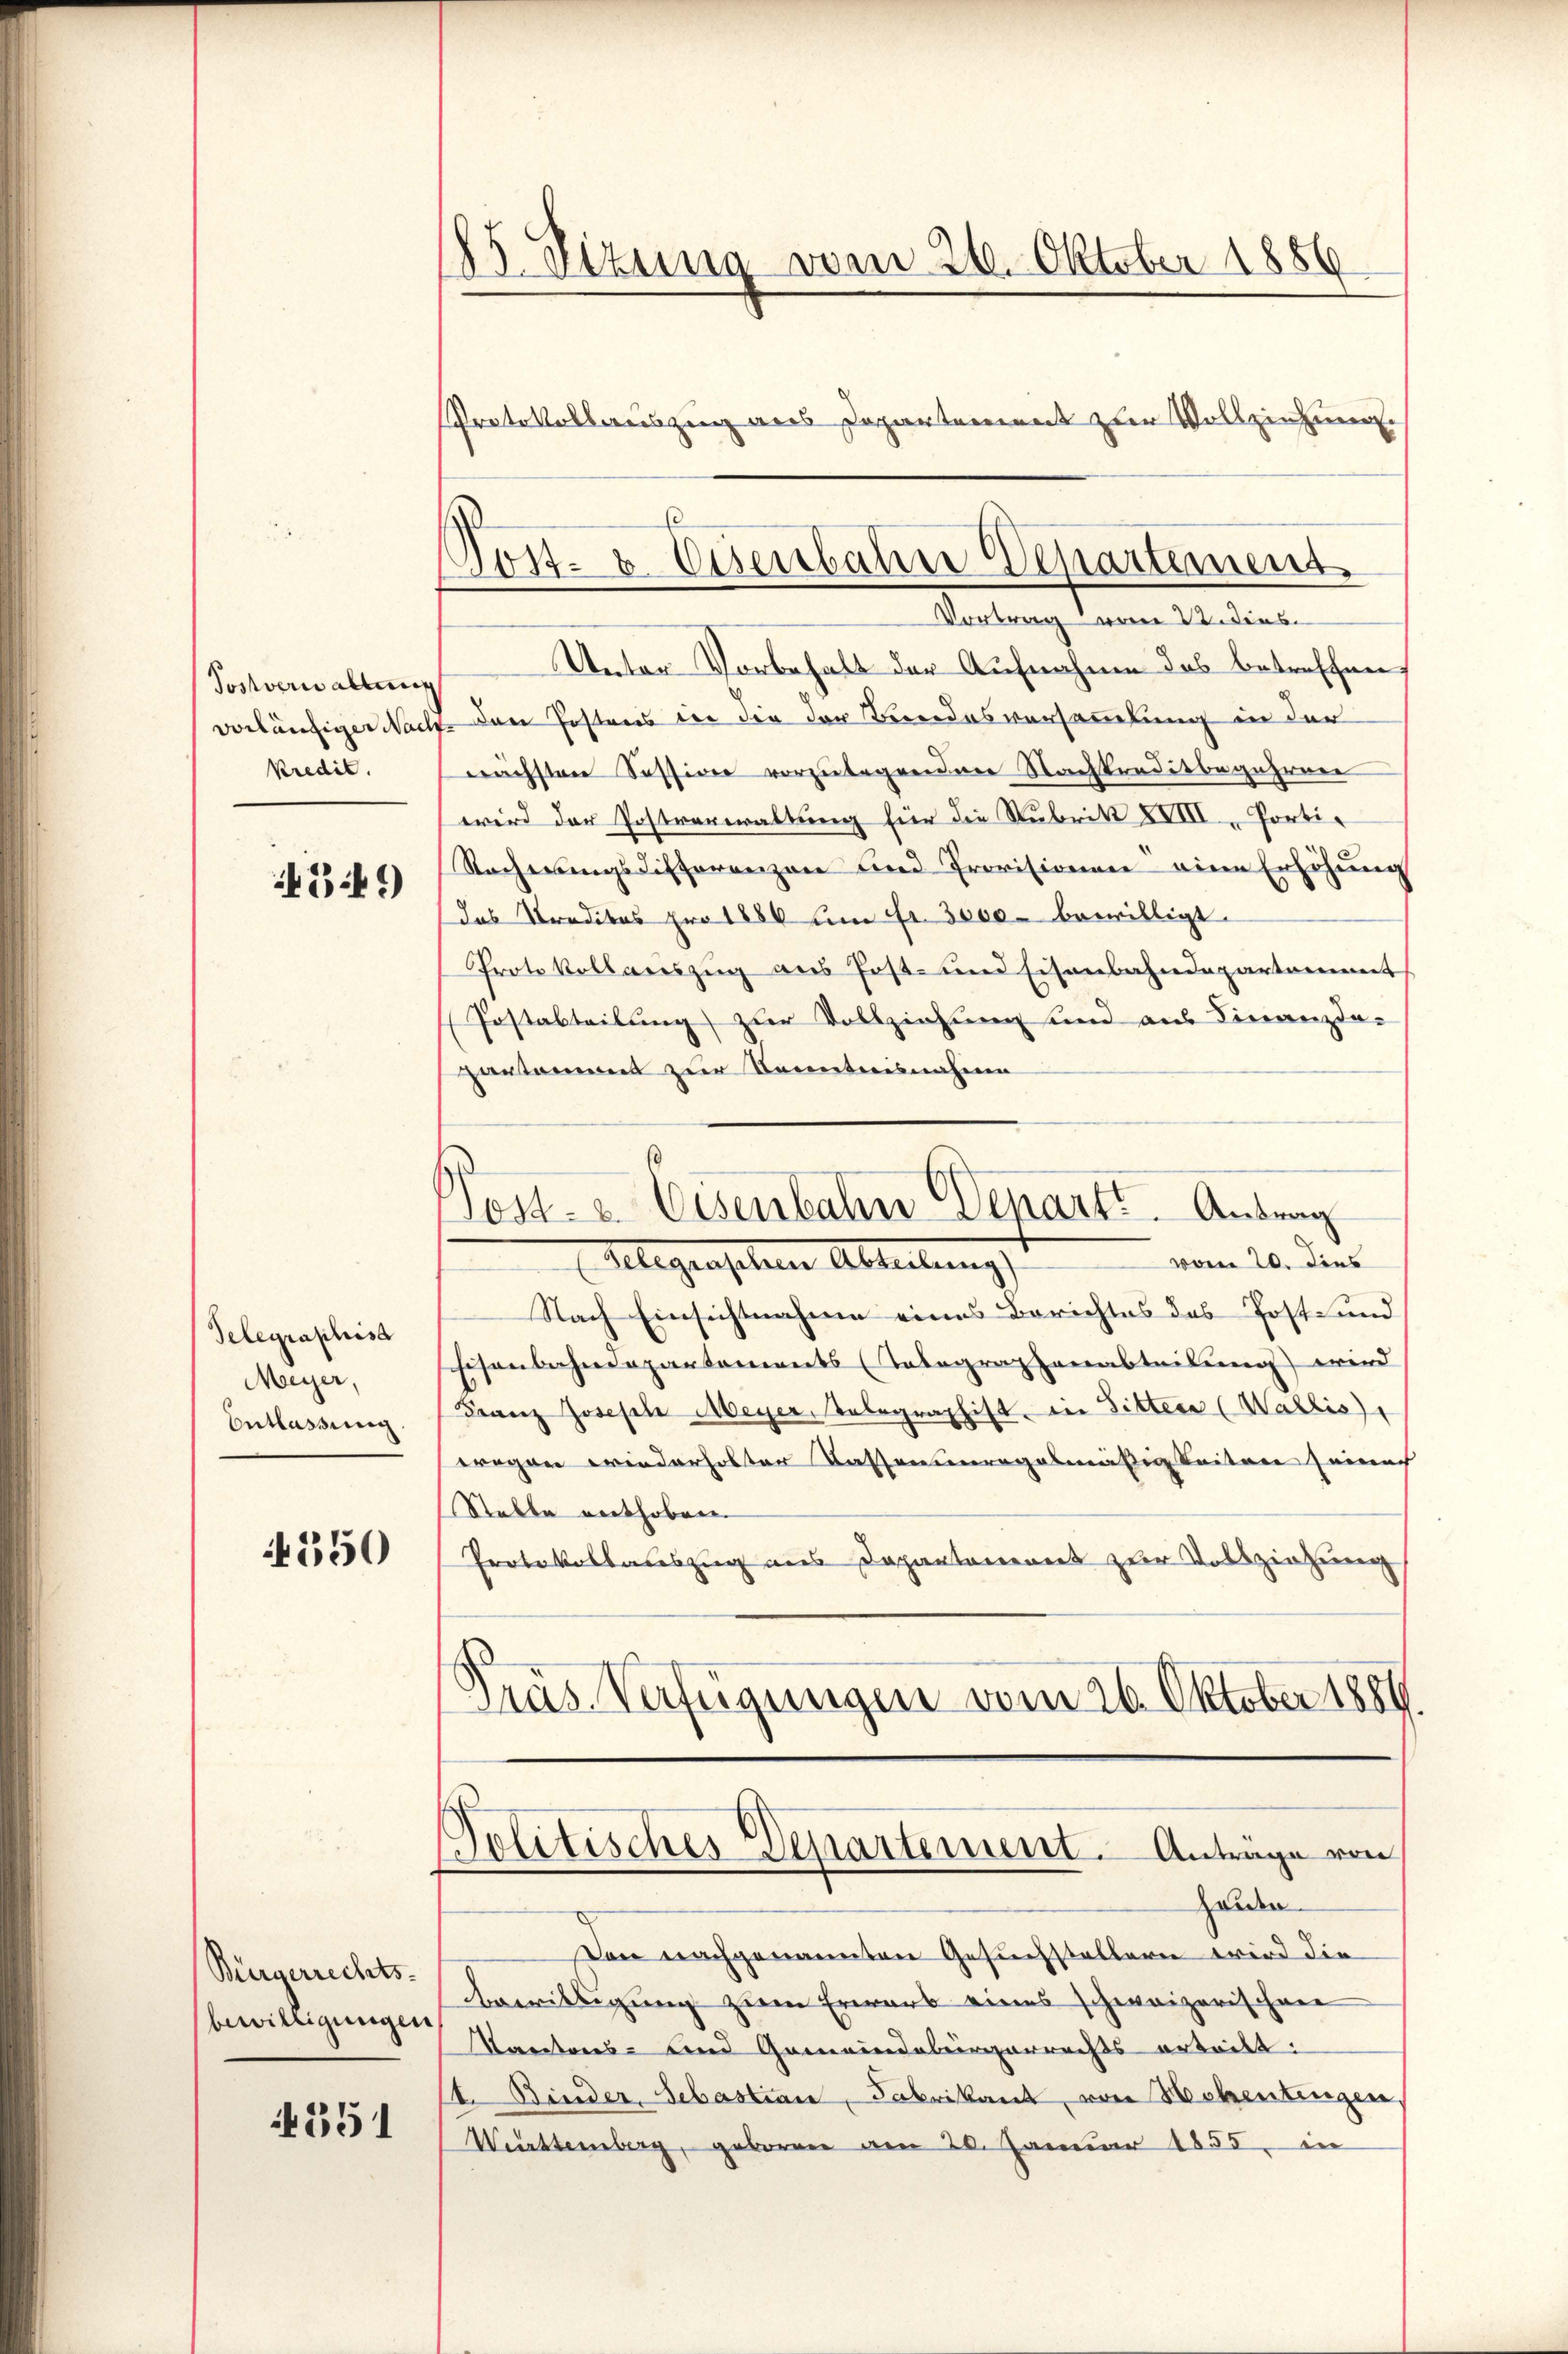
Postverwaltung
kredic.

459)

Telegraphist
Meyer,
Entlassung.

4350

Bürgerrechts-
bewilligungen

351

85. Sizung vom 26. Oktober 1886
Protokollauszug aus Departement zur Vollziehung

x
Post- & Eisenbahn Departement
Vortrag vom 22. Dies

Unter Vorbehalt der Aufnahme das betreffen
vorläufiger Nach den Postens in die der Bundesversammlung in der
nächsten Session vorzulegendene Nachkreditbegehrere
wird der Postverwaltung für die Rubrik XVIII. Porti¬
Racherungsdifferenzen und Provisionen eine Erhöhŭng
das Preditas pro 1880 um fr. 3000 bewilligt.
Protokollauszug aus Post- und Eisenbahndepartament
 Postabteilung zur Vollziehung und aus Finanzdazarsammen zur Kenntnisnahme
Post- u. Eisenbahn Departe. Antrag
vom 20. dies
Gelegenschen Abteilungs
Nach Einsichtnahme eines Berichtes des Post- und
Eisenbahndepartements (Telegraphenabteilung) wird
Franz Joseph Meyer, Telegraphist in Sitters (Wallis,
wegen wiederholter Kasseneragalmäßigkeiten seinach
Stable enthoben.
Protokollauszug aus Departanenet zur Vollziehung
Präs. Verfügungen vom 26. Oktober 1889

Den nachgenannten Gesuchstellern wird die
Bewilligung zum Erwarb eines schweizerischen
Kantons- und Gemeindebergerrechts erteilt.
t. Binder, Sebastian, Fabrikant, von Hehentingen.
Württemberg, geboren am 20. Januar 1855 in

Politisches Departement. Anträge von
Zunden